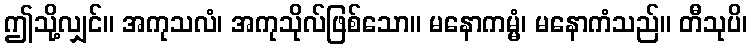
ဤသို့လျှင်။ အကုသလံ၊ အကုသိုလ်ဖြစ်သော။ မနောကမ္မံ၊ မနောကံသည်။ တီသုပိ၊